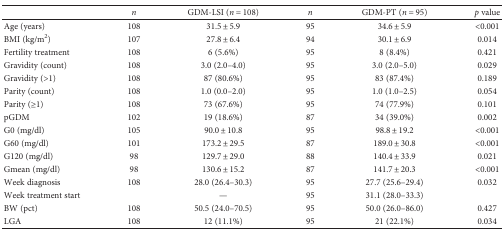
<table><thead><tr><td></td><td><b><i>n</i></b></td><td><b>GDM-LSI (<i>n</i> = 108)</b></td><td><b><i>n</i></b></td><td><b>GDM-PT (<i>n</i> = 95)</b></td><td><b><i>p</i> value</b></td></tr></thead><tbody><tr><td>Age (years)</td><td>108</td><td>31.5 ± 5.9</td><td>95</td><td>34.6 ± 5.9</td><td>&lt;0.001</td></tr><tr><td>BMI (kg/m<sup>2</sup>)</td><td>107</td><td>27.8 ± 6.4</td><td>94</td><td>30.1 ± 6.9</td><td>0.014</td></tr><tr><td>Fertility treatment</td><td>108</td><td>6 (5.6%)</td><td>95</td><td>8 (8.4%)</td><td>0.421</td></tr><tr><td>Gravidity (count)</td><td>108</td><td>3.0 (2.0–4.0)</td><td>95</td><td>3.0 (2.0–5.0)</td><td>0.029</td></tr><tr><td>Gravidity (&gt;1)</td><td>108</td><td>87 (80.6%)</td><td>95</td><td>83 (87.4%)</td><td>0.189</td></tr><tr><td>Parity (count)</td><td>108</td><td>1.0 (0.0–2.0)</td><td>95</td><td>1.0 (1.0–2.5)</td><td>0.054</td></tr><tr><td>Parity (≥1)</td><td>108</td><td>73 (67.6%)</td><td>95</td><td>74 (77.9%)</td><td>0.101</td></tr><tr><td>pGDM</td><td>102</td><td>19 (18.6%)</td><td>87</td><td>34 (39.0%)</td><td>0.002</td></tr><tr><td>G0 (mg/dl)</td><td>105</td><td>90.0 ± 10.8</td><td>95</td><td>98.8 ± 19.2</td><td>&lt;0.001</td></tr><tr><td>G60 (mg/dl)</td><td>101</td><td>173.2 ± 29.5</td><td>87</td><td>189.0 ± 30.8</td><td>&lt;0.001</td></tr><tr><td>G120 (mg/dl)</td><td>98</td><td>129.7 ± 29.0</td><td>88</td><td>140.4 ± 33.9</td><td>0.021</td></tr><tr><td>Gmean (mg/dl)</td><td>98</td><td>130.6 ± 15.2</td><td>87</td><td>141.7 ± 20.3</td><td>&lt;0.001</td></tr><tr><td>Week diagnosis</td><td>108</td><td>28.0 (26.4–30.3)</td><td>95</td><td>27.7 (25.6–29.4)</td><td>0.032</td></tr><tr><td>Week treatment start</td><td></td><td>—</td><td>95</td><td>31.1 (28.0–33.3)</td><td></td></tr><tr><td>BW (pct)</td><td>108</td><td>50.5 (24.0–70.5)</td><td>95</td><td>50.0 (26.0–86.0)</td><td>0.427</td></tr><tr><td>LGA</td><td>108</td><td>12 (11.1%)</td><td>95</td><td>21 (22.1%)</td><td>0.034</td></tr></tbody></table>